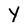
Character: Y